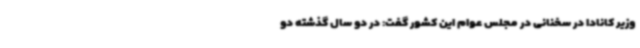
وزیر کانادا در سخنانی در مجلس عوام این کشور گفت: در دو سال گذشته دو